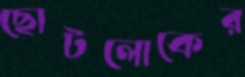
ছোটলোকের